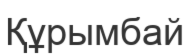
Құрымбай